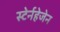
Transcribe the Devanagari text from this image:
स्टेर्नहेजेन